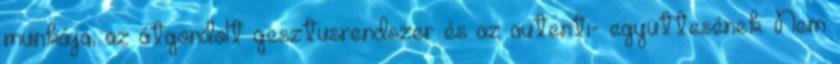
munkája, az átgondolt gesztusrendszer és az autenti- együttesének. Nem